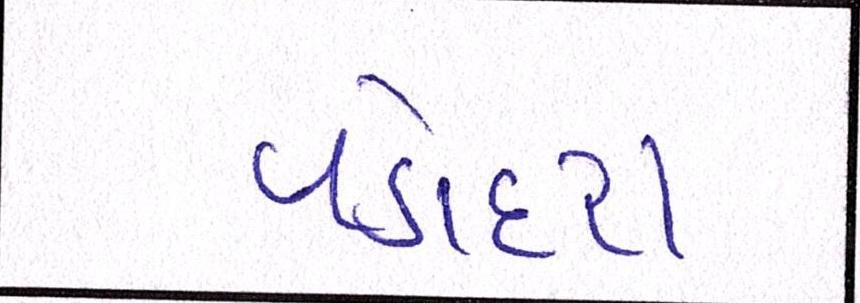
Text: વડોદરા